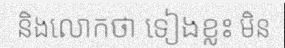
និងលោកថា ទៀងខ្លះ មិន